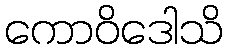
ကောဝိဒေါသိ